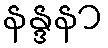
နန္ဒနာ